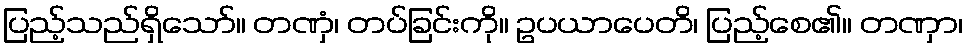
ပြည့်သည်ရှိသော်။ တဏှံ၊ တပ်ခြင်းကို။ ဥပယာပေတိ၊ ပြည့်စေ၏။ တဏှာ၊